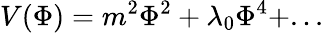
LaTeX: V(\Phi)=m^{2}\Phi^{2}+\lambda_{0}\Phi^{4}+...